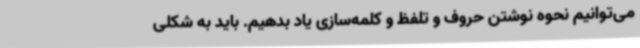
می‌توانیم نحوه نوشتن حروف و تلفظ و کلمه‌سازی یاد بدهیم. باید به شکلی